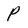
Character: P